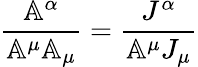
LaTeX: \frac{\mathbb{A}^{\alpha}}{\mathbb{A}^{\mu}\mathbb{A}_{\mu}}=\frac{J^{\alpha}}{\mathbb{A}^{\mu}J_{\mu}}